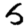
Digit: 5